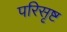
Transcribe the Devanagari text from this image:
परिसृष्ट